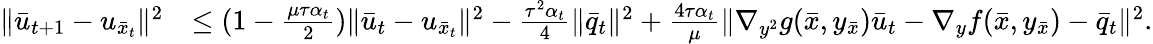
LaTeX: \begin{array}{rl}{\| \bar{u}_{t+1}-u_{\bar{x}_{t}}\| ^{2}}&{\leq(1-\frac{\mu\tau\alpha_{t}}{2})\| \bar{u}_{t}-u_{\bar{x}_{t}}\| ^{2}-\frac{\tau^{2}\alpha_{t}}{4}\| \bar{q}_{t}\| ^{2}+\frac{4\tau\alpha_{t}}{\mu}\| \nabla_{y^{2}}g(\bar{x},y_{\bar{x}})\bar{u}_{t}-\nabla_{y}f(\bar{x},y_{\bar{x}})-\bar{q}_{t}\| ^{2}.}\end{array}